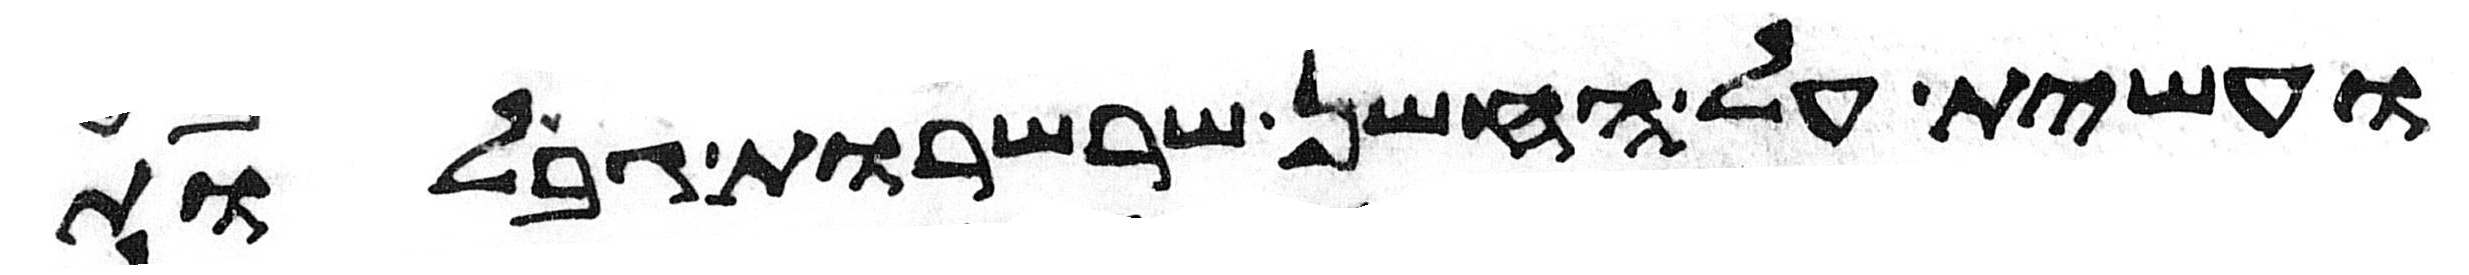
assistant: ועשית על החשן שרשרות גבלות